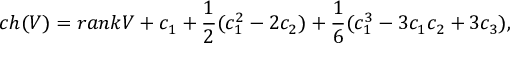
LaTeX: c h ( V ) = r a n k V + c _ { 1 } + \frac { 1 } { 2 } ( c _ { 1 } ^ { 2 } - 2 c _ { 2 } ) + \frac { 1 } { 6 } ( c _ { 1 } ^ { 3 } - 3 c _ { 1 } c _ { 2 } + 3 c _ { 3 } ) ,